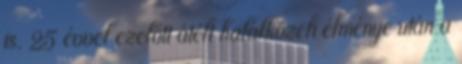
is. 25 évvel ezelőtt átélt halálközeli élménye után a